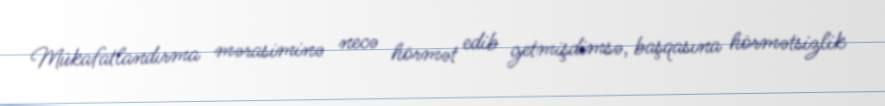
Mükafatlandırma mərasiminə necə hörmət edib getmişdimsə, başqasına hörmətsizlik